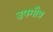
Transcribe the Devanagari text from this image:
उपगौत्र